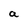
Character: a